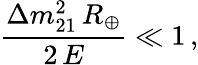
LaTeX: \frac{\Delta{m}_{21}^{2}\, R_{\oplus}}{2\, E}\ll 1\, ,